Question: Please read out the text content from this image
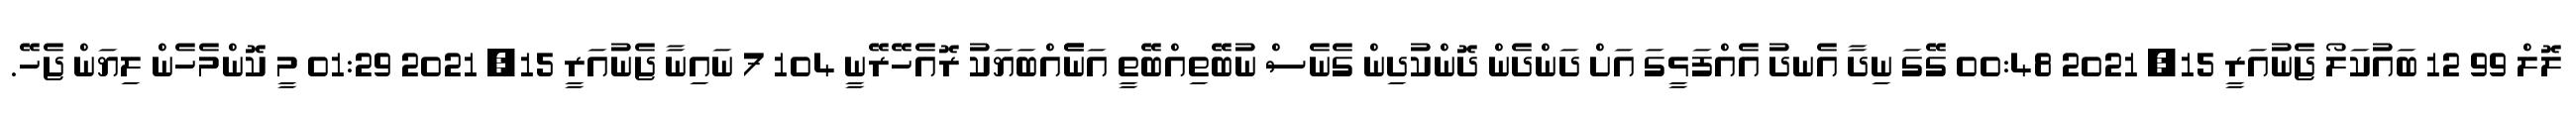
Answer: ލޮލް 99 12 ބައުކަލޯ ޖެނުއަރީ 15, 2021 00:48 ގޭގަ ނިދާ އެނދު އެއްފަޅީގަ އަށް ދަންދެން ދޮންކުދިން ގެނެސް ނުބޭތިއްބޭތީ އަނެެއްބަޔަކު ރޮއެހޭރޭނީ 104 7 ނައިނާ ޖެނުއަރީ 15, 2021 01:29 މީ ކޮންމެހެން ލިޔަން ޖެހޭ.